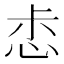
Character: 𢙤